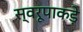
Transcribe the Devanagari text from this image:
स्वरूपाकड़े